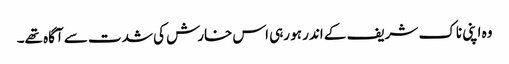
وہ اپنی ناک شریف کے اندر ہو رہی اس خارش کی شدت سے آگاہ تھے۔